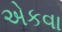
એકવા